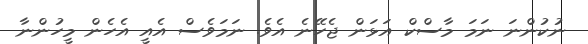
ނުކުންނަ ނަމަ މާސްކް އަޅަން ޖެހޭނެ އެވެ. ނަމަވެސް އެއީ އެހެން މީހުންނާ